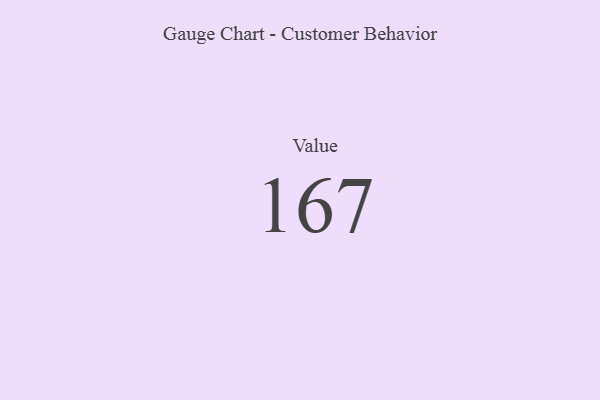
{"axis": {"x": "Metric", "y": "Value"}, "legend": [""], "data": [{"x": "Value", "y": 167, "type": ""}]}